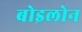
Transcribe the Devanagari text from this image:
बोइलोन